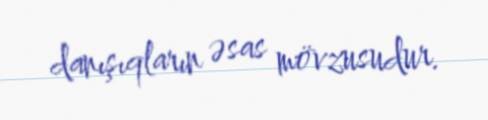
danışıqların əsas mövzusudur.